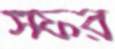
সফর